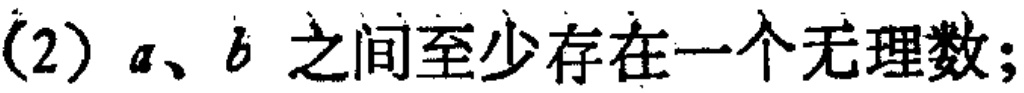
(2) \(a、b\) 之间至少存在一个无理数；